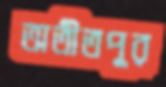
অতীতপুর